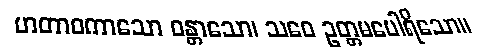
ဟတာဝကာသော ဝန္တာသော၊ သဝေ ဥတ္တမပေါရိသော။